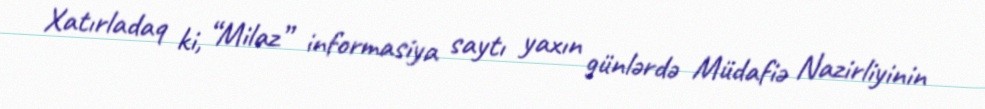
Xatırladaq ki, “Milaz” informasiya saytı yaxın günlərdə Müdafiə Nazirliyinin